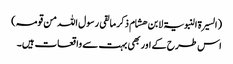
(السیرۃ النبویۃ لابن ھشام ذکر ما لقی رسول اللہ من قومہ)
اس طرح کے اور بھی بہت سے واقعات ہیں۔